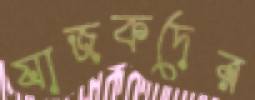
যাজকদের